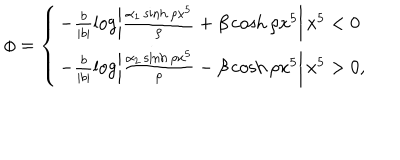
LaTeX: \phi = \left\{ \begin{array} { l } { { - \frac { b } { | b | } \log \left| \frac { \alpha _ { 1 } \sinh \rho x ^ { 5 } } { \rho } + \beta \cosh \rho x ^ { 5 } \right| \, x ^ { 5 } < 0 } } \\ { { - \frac { b } { | b | } \log \left| \frac { \alpha _ { 2 } \sinh \rho x ^ { 5 } } { \rho } - \beta \cosh \rho x ^ { 5 } \right| \, x ^ { 5 } > 0 , } } \\ \end{array} \right.